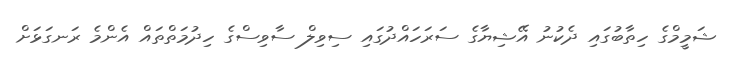
ޝަމީމްގެ ހިތާބުގައި ދެކުނު އޭޝިޔާގެ ސަރަހައްދުގައި ސިވިލް ސާވިސްގެ ހިދުމަތްތައް އެންމެ ރަނގަޅަށް